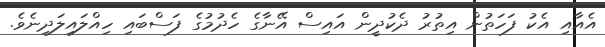
އެއާއި އެކު ފަހަތުން އިތުރު ދެކުދީން އައިސް އޭނާގެ ހެދުމުގެ ފަސްބައި ހިއްލައިލަދިނެވެ.